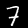
Label: 7